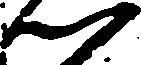
つ